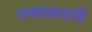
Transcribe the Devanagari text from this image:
एमएक्ससी